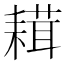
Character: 𦔋